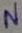
Text: N